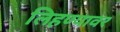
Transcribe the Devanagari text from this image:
लिहण्यावर